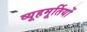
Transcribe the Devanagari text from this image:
व्यूहमूर्तियों